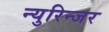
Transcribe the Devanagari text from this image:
न्युरिन्जर